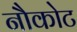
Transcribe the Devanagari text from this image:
नौकोट